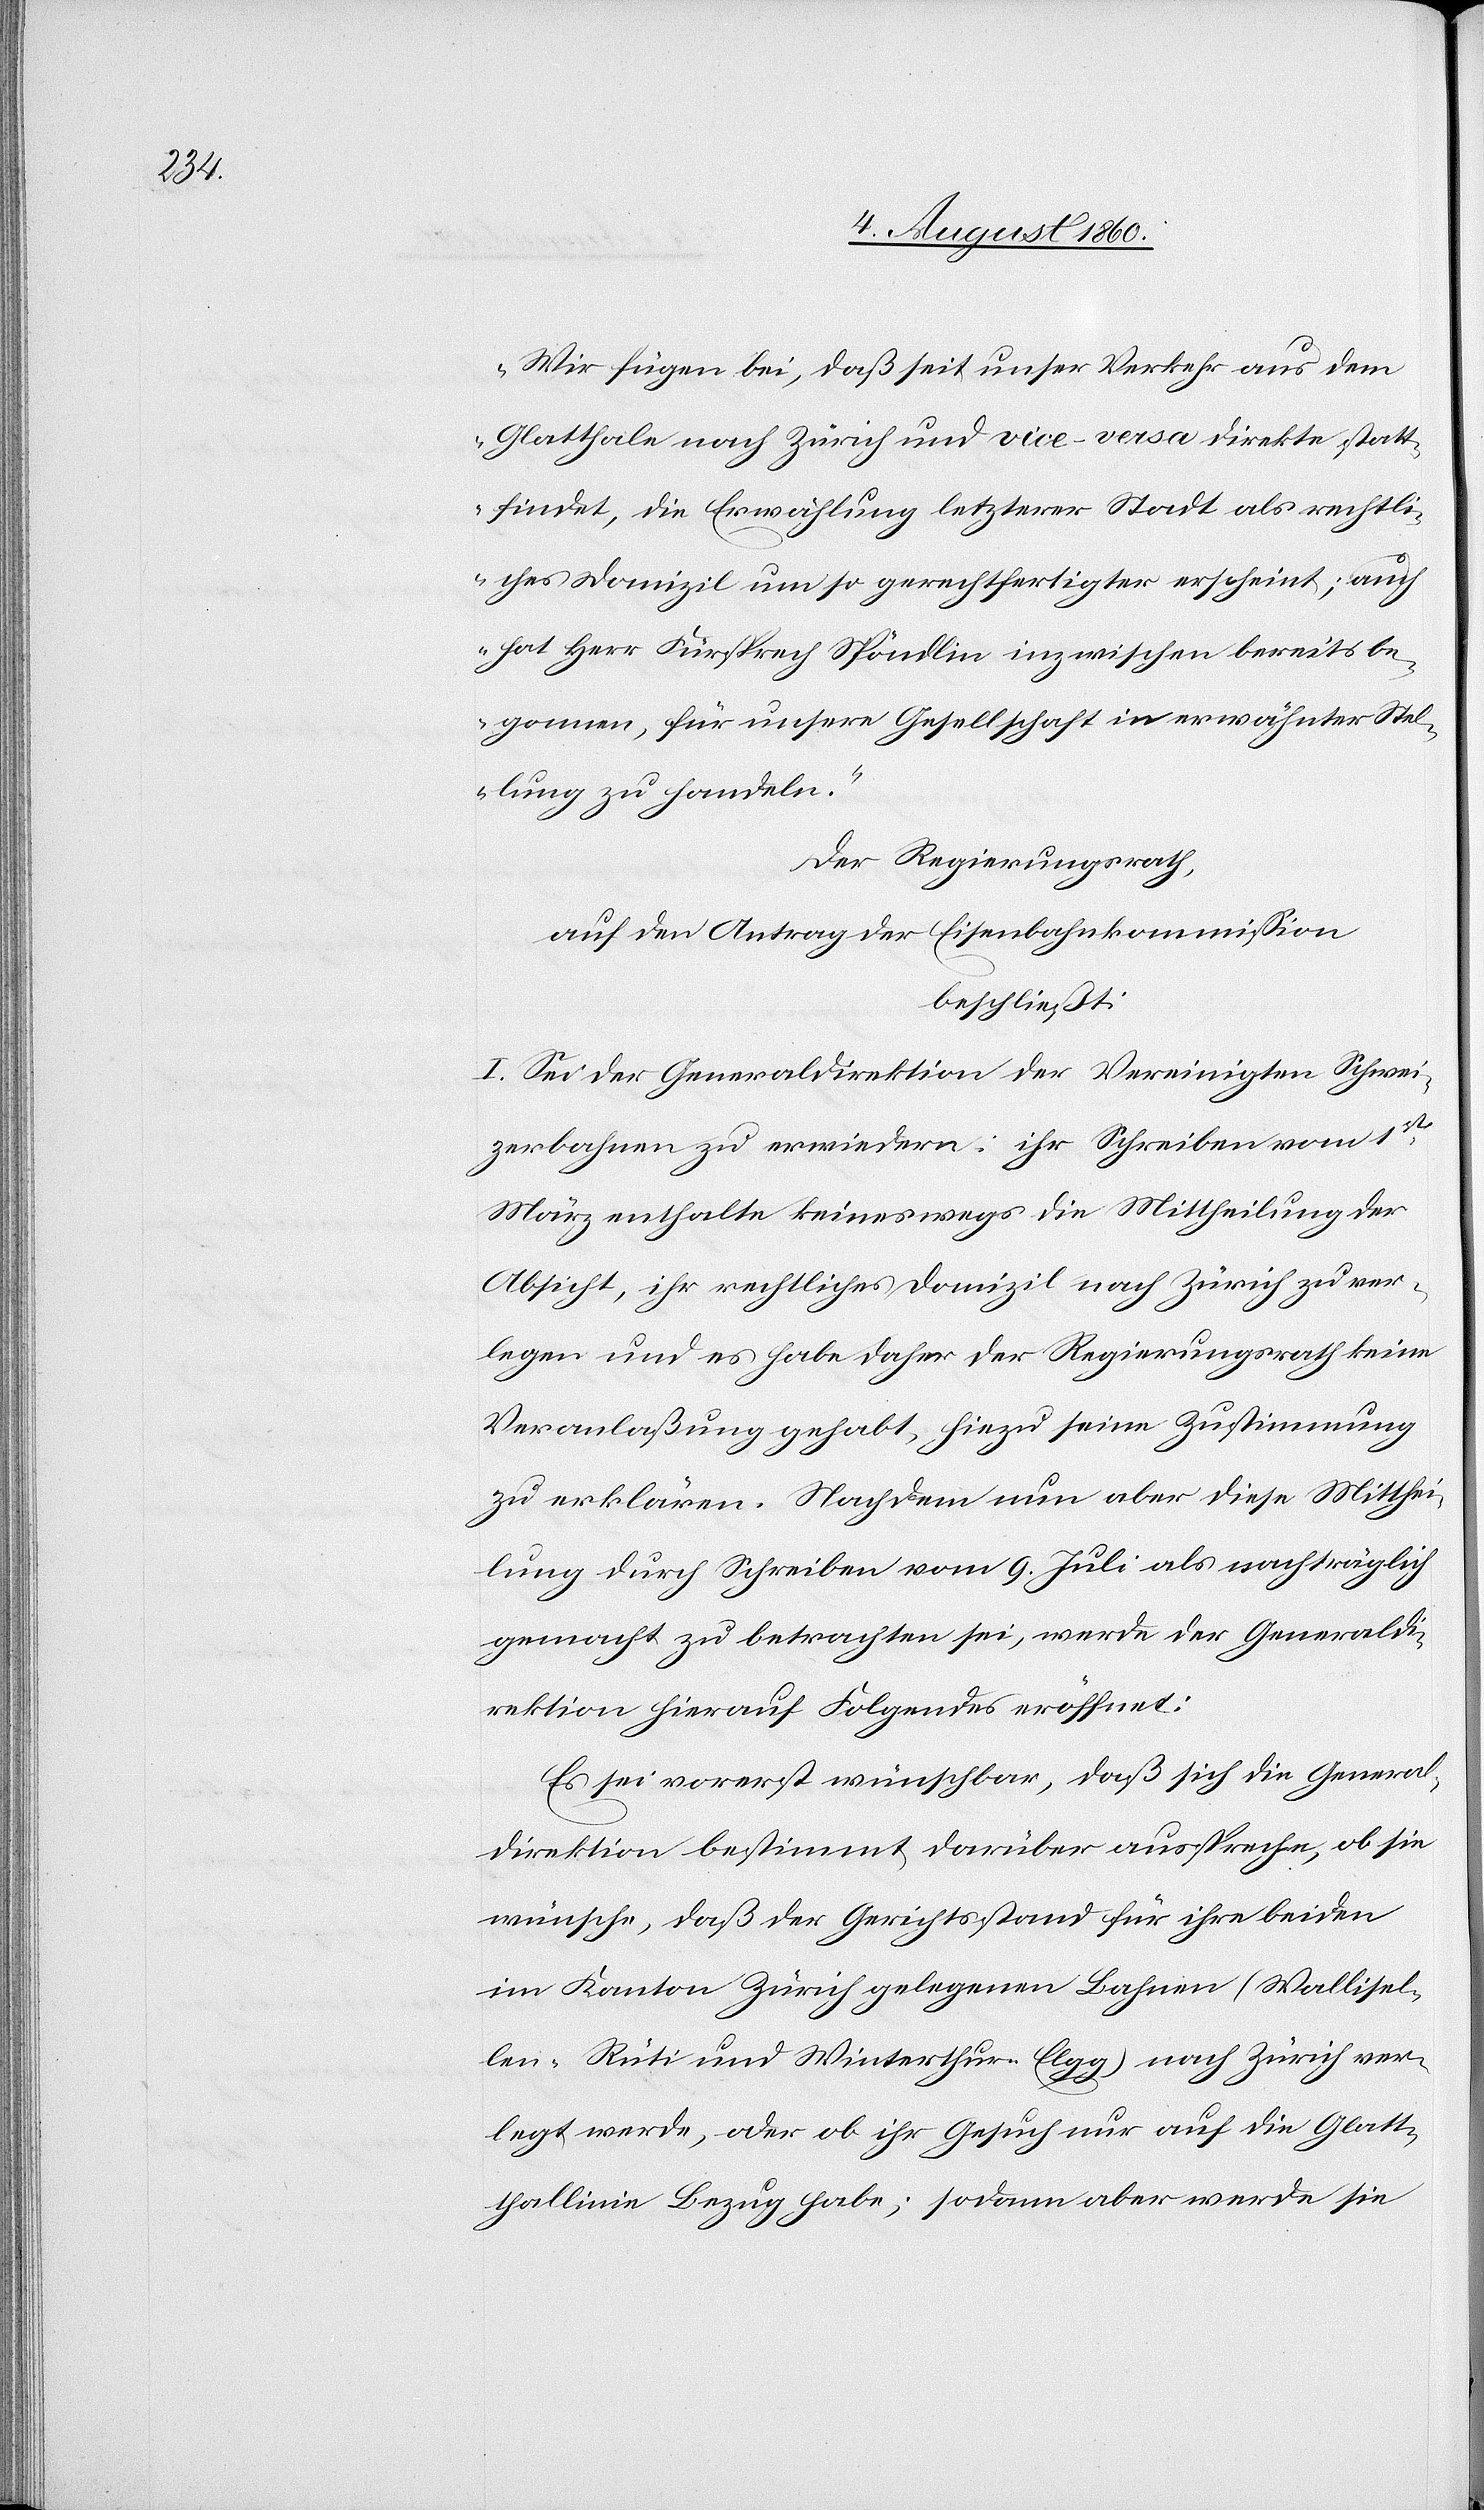
Wir fügen bei, dass seit unser Verkehr aus dem
Glatthale nach Zürich und vice-vasa direkte statt¬
findet, die Erwählung letzterer Stadt als rechtli¬
ches Domizil um so gerechtfertigter erscheint; auch
hat Hr. Fürsprech Spöndlin inzwischen bereits be¬
gonnen, für unsere Gesellschaft in erwähnter Stel¬
lung zu handeln.“
Der Regierungsrath
auf den Antrag der Eisenbahnkommission
beschliesst:
I. Sei der Generaldirektion der Vereinigten Schwei¬
zerbahnen zu erwiedern: ihr Schreiben vom 1.
März enthalte keineswegs die Mittheilung der
Absicht, ihr rechtliches Domizil nach Zürich zu ver¬
legen und es habe daher der Regierungsrath keine
Veranlaßung gehabt, hiezu seine Zustimmung
zu erklären. Nachdem nun aber diese Mitthei¬
lung durch Schreiben vom 9. Juli als nachträglich
gemacht zu betrachten sei, werde der Generaldi¬
rektion hierauf Folgendes eröffnet:
Es sei vorerst wünschbar, dass sich die General¬
direktion bestimmt darüber ausspreche, ob sie
wünsche, dass der Gerichtsstand für ihre beiden
im Kanton Zürich gelegenen Bahnen (Wallisel¬
len-Rüti u. Winterthur-Elgg) nach Zürich ver¬
legt werde, oder ob ihr Gesuch nur auf die Glatt¬
thallinie Bezug habe, sodann aber werde sie